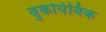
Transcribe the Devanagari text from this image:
वुकोयेविक